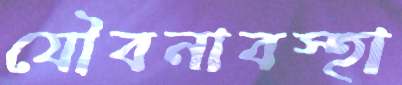
যৌবনাবস্হা